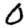
Digit: 0